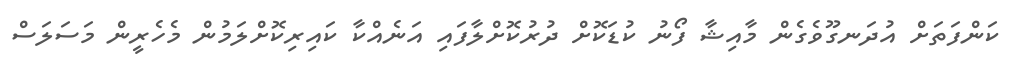
ކަންފަތަށް އުދަނގޫވެގެން މާއިޝާ ފޯނު ކުޑަކޮށް ދުރުކޮށްލާފައި އަނެއްކާ ކައިރިކޮށްލަމުން މެހެރީން މަސަލަސް